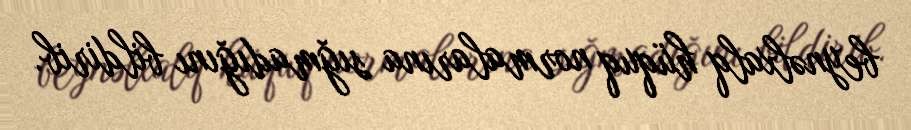
beynəlxalq hüquq normalarına sığmadığını bildirib.